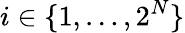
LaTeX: i\in\{ 1,\ldots,2^{N}\}